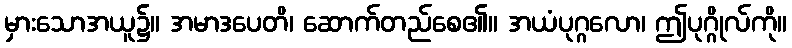
မှားသောအယူ၌။ အမာဒပေတိ၊ ဆောက်တည်စေ၏။ အယံပုဂ္ဂလော၊ ဤပုဂ္ဂိုလ်ကို။